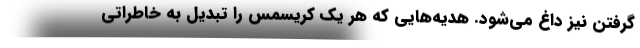
گرفتن نیز داغ می‌شود. هدیه‌هایی که هر یک کریسمس را تبدیل به خاطراتی